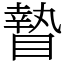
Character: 𥊍